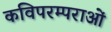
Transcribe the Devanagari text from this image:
कविपरम्पराओं